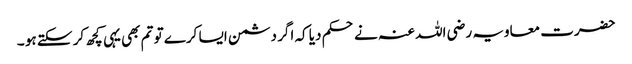
حضرت معاویہ رضی اللہ عنہ نے حکم دیا کہ اگر دشمن ایسا کرے تو تم بھی یہی کچھ کر سکتے ہو ۔